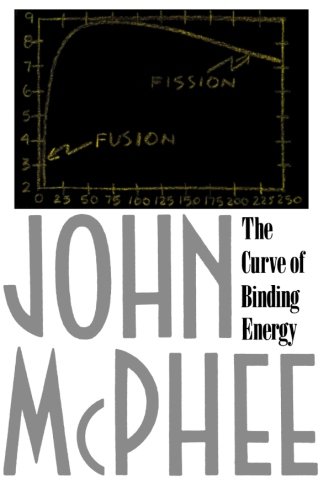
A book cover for The Curve of Binding Energy: A Journey into the Awesome and Alarming World of Theodore B. Taylor; John McPhee; Science & Math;